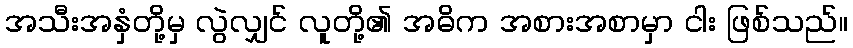
အသီးအနှံတို့မှ လွဲလျှင် လူတို့၏ အဓိက အစားအစာမှာ ငါး ဖြစ်သည်။